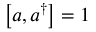
\left[ a , a ^ { \dagger } \right] = 1